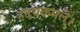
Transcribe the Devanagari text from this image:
हदयकमले।